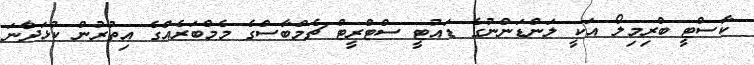
ކާސްޓީ ބްރިމިލޯ އަކީ ލަންޑަންނުގެ ޑައުޓީ ސްޓްރީޓް ޗެމްބާސްގެ މެމްބަރެއްގެ އިތުރުން ކުޅަދާނަ